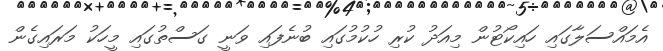
އެމައްސަލާގައި ހައިކޯޓުން މިއަދު ކުރި ހުކުމުގައި ބުނެފައި ވަނީ ގަސްތުގައި މީހަކު މަރައިގެން